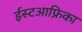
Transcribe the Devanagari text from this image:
ईस्टआफ्रिका